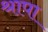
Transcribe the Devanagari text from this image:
श्रापा